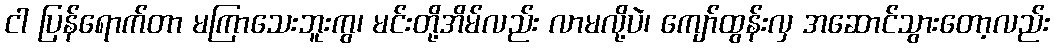
ငါ ပြန်ရောက်တာ မကြာသေးဘူးကွ၊ မင်းတို့အိမ်လည်း လာမလို့ပဲ၊ ကျော်ထွန်းလှ အဆောင်သွားတော့လည်း